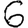
Digit: 6